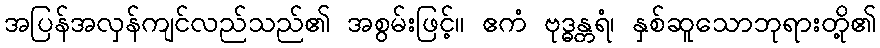
အပြန်အလှန်ကျင်လည်သည်၏ အစွမ်းဖြင့်။ ဧကံ ဗုဒ္ဓန္တရံ၊ နှစ်ဆူသောဘုရားတို့၏